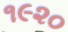
૧૯૨૦